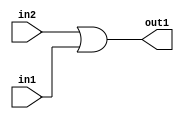
`timescale 1ps / 1ps
/*****************************************************************************
    Verilog RTL Description
    
    
    Created by: Stratus DpOpt 2019.1.01 
*******************************************************************************/

module mac_Or_1Ux1U_1U_4 (
	in2,
	in1,
	out1
	); /* architecture "behavioural" */ 
input  in2,
	in1;
output  out1;
wire  asc001;

assign asc001 = 
	(in2)
	|(in1);

assign out1 = asc001;
endmodule

/* CADENCE  urb1Tgg= : u9/ySgnWtBlWxVPRXgAZ4Og= ** DO NOT EDIT THIS LINE ******/